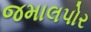
જમાલપોર